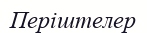
Періштелер